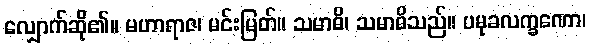
လျှောက်ဆို၏။ မဟာရာဇ၊ မင်းမြတ်။ သမာဓိ၊ သမာဓိသည်။ ပမုခလက္ခဏော၊